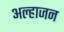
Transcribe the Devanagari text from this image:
अल्हाजन